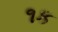
૧ક